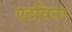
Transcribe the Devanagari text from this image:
एदविना